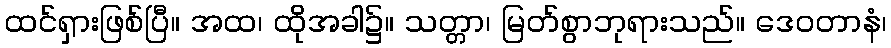
ထင်ရှားဖြစ်ပြီ။ အထ၊ ထိုအခါ၌။ သတ္တာ၊ မြတ်စွာဘုရားသည်။ ဒေဝတာနံ၊